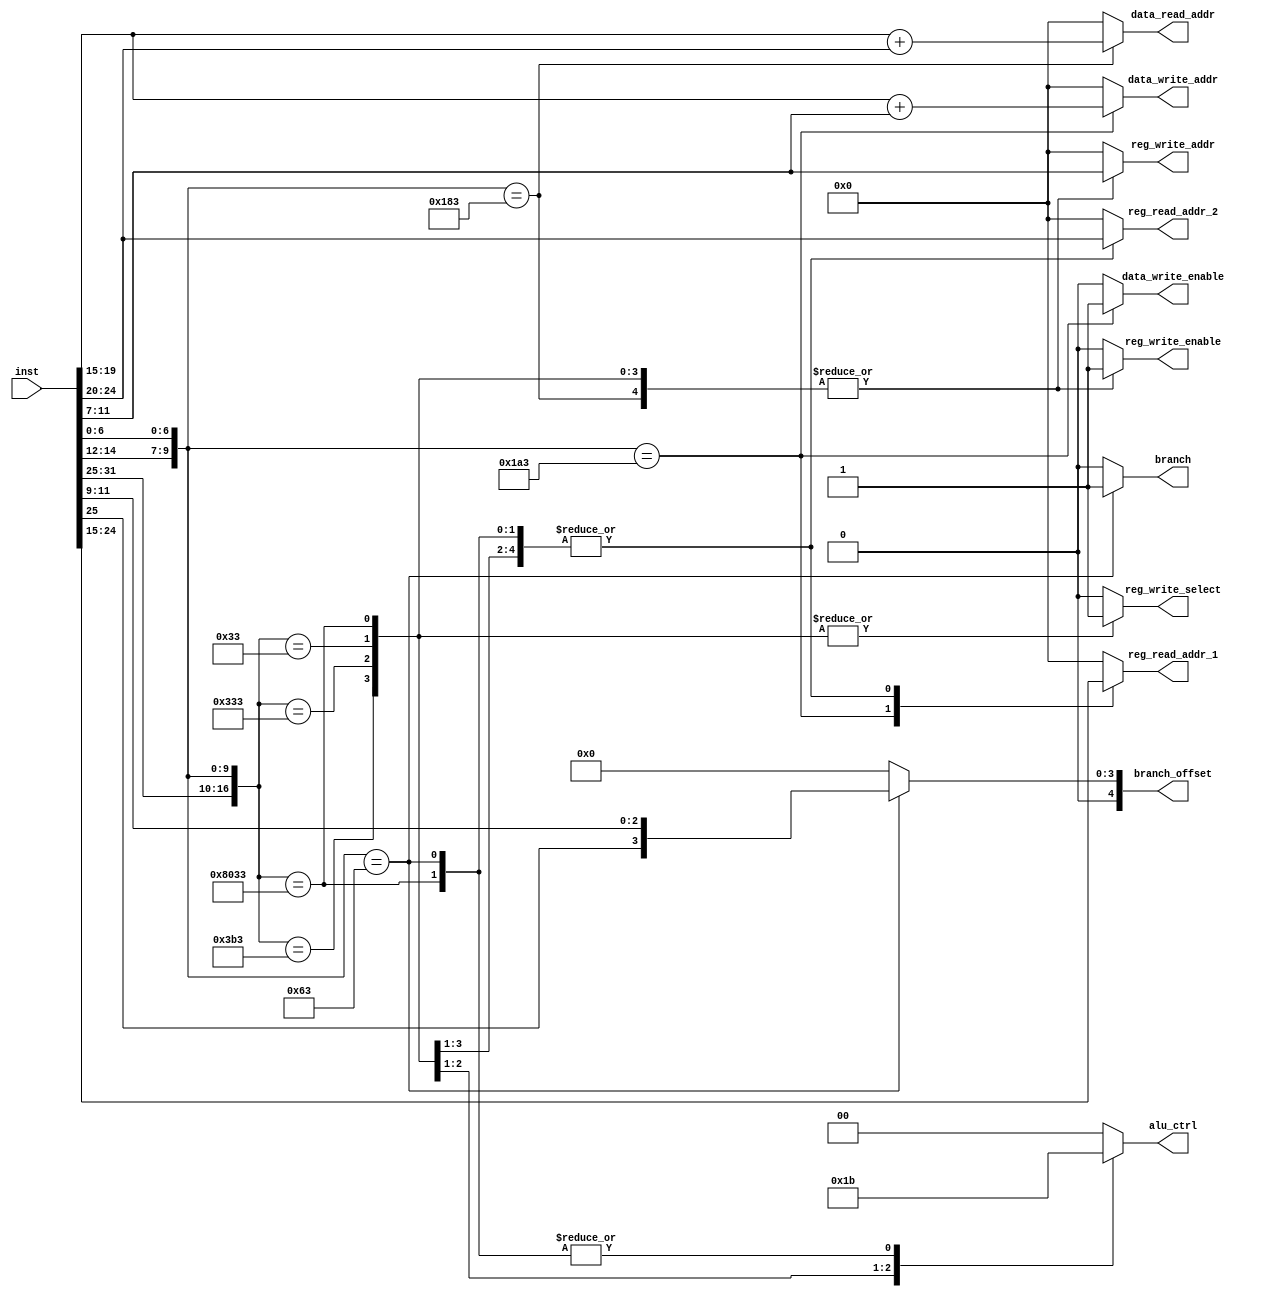
module Decoder (
    input [31:0] inst,
    output reg reg_write_enable,
    output reg [4:0] reg_read_addr_1,
    output reg [4:0] reg_read_addr_2,
    output reg [4:0] reg_write_addr,
    output reg data_write_enable,
    output reg [4:0] data_read_addr,
    output reg [4:0] data_write_addr,
    output reg [1:0] alu_ctrl,
    output reg reg_write_select,
    output reg branch,
    output reg [4:0] branch_offset
);
    always @(inst) begin
        casex ({inst[31:25], inst[14:12], inst[6:0]})
            17'bXXXXXXX_011_0000011: begin // ld
                reg_write_enable = 1'b1;
                reg_read_addr_1 = 5'b00000;
                reg_read_addr_2 = 5'b00000;
                reg_write_addr = inst[11:7];
                data_write_enable = 1'b0;
                data_read_addr = inst[19:15] + inst[24:20];
                data_write_addr = 5'b00000;
                alu_ctrl = 2'b00;
                reg_write_select = 1'b0;
                branch = 1'b0;
                branch_offset = 5'b00000;
            end
            17'bXXXXXXX_011_0100011: begin // sd
                reg_write_enable = 1'b0;
                reg_read_addr_1 = inst[24:20];
                reg_read_addr_2 = 5'b00000; // The memory base register is always x0.
                reg_write_addr = 5'b00000;
                data_write_enable = 1'b1;
                data_read_addr = 5'b00000;
                data_write_addr = inst[19:15] + inst[11:7];
                alu_ctrl = 2'b00;
                reg_write_select = 1'b0;
                branch = 1'b0;
                branch_offset = 5'b00000;
            end
            17'b0000000_111_0110011: begin // and
                reg_write_enable = 1'b1;
                reg_read_addr_1 = inst[19:15];
                reg_read_addr_2 = inst[24:20];
                reg_write_addr = inst[11:7];
                data_write_enable = 1'b0;
                data_read_addr = 5'b00000;
                data_write_addr = 5'b00000;
                alu_ctrl = 2'b00;
                reg_write_select = 1'b1;
                branch = 1'b0;
                branch_offset = 5'b00000;
            end
            17'b0000000_110_0110011: begin // or
                reg_write_enable = 1'b1;
                reg_read_addr_1 = inst[19:15];
                reg_read_addr_2 = inst[24:20];
                reg_write_addr = inst[11:7];
                data_write_enable = 1'b0;
                data_read_addr = 5'b00000;
                data_write_addr = 5'b00000;
                alu_ctrl = 2'b01;
                reg_write_select = 1'b1;
                branch = 1'b0;
                branch_offset = 5'b00000;
            end
            17'b0000000_000_0110011: begin // add
                reg_write_enable = 1'b1;
                reg_read_addr_1 = inst[19:15];
                reg_read_addr_2 = inst[24:20];
                reg_write_addr = inst[11:7];
                data_write_enable = 1'b0;
                data_read_addr = 5'b00000;
                data_write_addr = 5'b00000;
                alu_ctrl = 2'b10;
                reg_write_select = 1'b1;
                branch = 1'b0;
                branch_offset = 5'b00000;
            end
            17'b0100000_000_0110011: begin // sub
                reg_write_enable = 1'b1;
                reg_read_addr_1 = inst[19:15];
                reg_read_addr_2 = inst[24:20];
                reg_write_addr = inst[11:7];
                data_write_enable = 1'b0;
                data_read_addr = 5'b00000;
                data_write_addr = 5'b00000;
                alu_ctrl = 2'b11;
                reg_write_select = 1'b1;
                branch = 1'b0;
                branch_offset = 5'b00000;
            end
            17'bXXXXXXX_000_1100011: begin // beq
                reg_write_enable = 1'b0;
                reg_read_addr_1 = inst[19:15];
                reg_read_addr_2 = inst[24:20];
                reg_write_addr = 5'b00000;
                data_write_enable = 1'b0;
                data_read_addr = 5'b00000;
                data_write_addr = 5'b00000;
                alu_ctrl = 2'b11;
                reg_write_select = 1'b0;
                branch = 1'b1;
                branch_offset = {inst[25], inst[11:8]} >> 1;
            end
            default: begin
                reg_write_enable = 1'b0;
                reg_read_addr_1 = 5'b00000;
                reg_read_addr_2 = 5'b00000;
                reg_write_addr = 5'b00000;
                data_write_enable = 1'b0;
                data_read_addr = 5'b00000;
                data_write_addr = 5'b00000;
                alu_ctrl = 2'b00;
                reg_write_select = 1'b0;
                branch = 1'b0;
                branch_offset = 5'b00000;
            end
        endcase
    end
endmodule